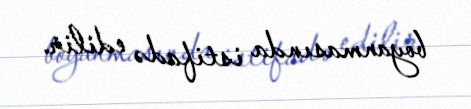
boyanmasında istifadə edilir.